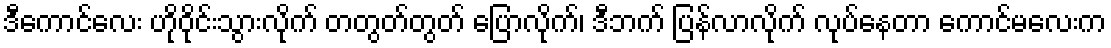
ဒီကောင်လေး ဟိုဝိုင်းသွားလိုက် တတွတ်တွတ် ပြောလိုက်၊ ဒီဘက် ပြန်လာလိုက် လုပ်နေတာ ကောင်မလေးက